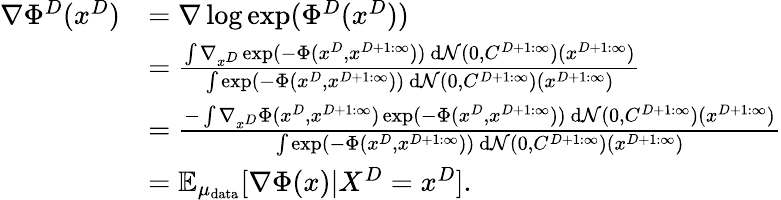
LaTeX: \begin{array}{rl}{\nabla\Phi^{D}(x^{D})}&{=\nabla\log\exp(\Phi^{D}(x^{D}))}\\ &{=\frac{\int\nabla_{x^{D}}\exp(-\Phi(x^{D},x^{D+1:\infty}))~\mathrm{d}\mathcal{N}(0,C^{D+1:\infty})(x^{D+1:\infty})}{\int\exp(-\Phi(x^{D},x^{D+1:\infty}))~\mathrm{d}\mathcal{N}(0,C^{D+1:\infty})(x^{D+1:\infty})}}\\ &{=\frac{-\int\nabla_{x^{D}}\Phi(x^{D},x^{D+1:\infty})\exp(-\Phi(x^{D},x^{D+1:\infty}))~\mathrm{d}\mathcal{N}(0,C^{D+1:\infty})(x^{D+1:\infty})}{\int\exp(-\Phi(x^{D},x^{D+1:\infty}))~\mathrm{d}\mathcal{N}(0,C^{D+1:\infty})(x^{D+1:\infty})}}\\ &{=\mathbb{E}_{\mu_{\mathrm{data}}}[\nabla\Phi(x)|X^{D}=x^{D}].}\end{array}